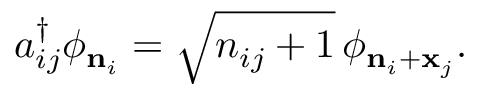
a _ { i j } ^ { \dag } \phi _ { { \bf n } _ { i } } = \sqrt { n _ { i j } + 1 } \, \phi _ { { \bf n } _ { i } + { \bf x } _ { j } } .